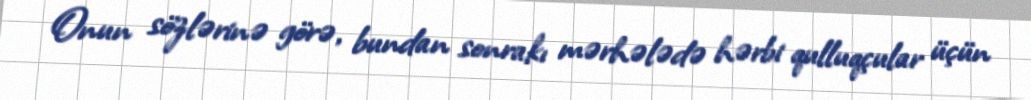
Onun sözlərinə görə, bundan sonrakı mərhələdə hərbi qulluqçular üçün